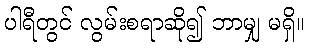
ပါရီတွင် လွမ်းစရာဆို၍ ဘာမျှ မရှိ။